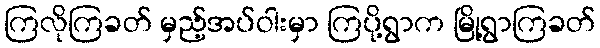
ကြလိုကြခတ် မှည့်အပ်ဝါးမှာ ကြပို့ရွာက မြို့ရွာကြခတ်